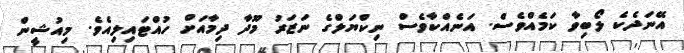
އޭނަދެކެ ލޯބިވާ ކަމެއްވެސް. އަނެއްކާވެސް ނިކްޔަލްގެ ނަޒަރު މޫދާ ދިމާއަަށް ހުއްޓައިލިއެވެ. މިއުޝީން